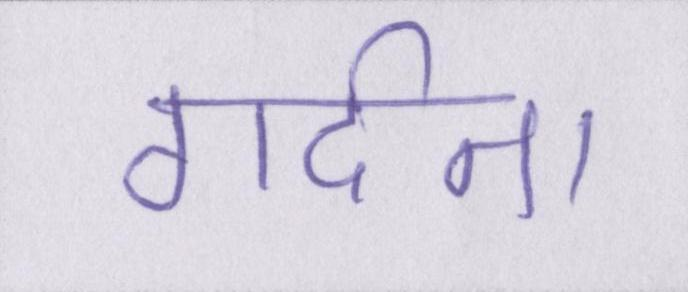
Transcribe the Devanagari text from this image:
गर्दन।